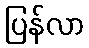
ပြန်လာ